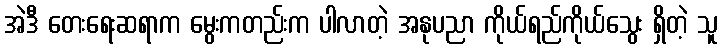
အဲဒီ တေးရေးဆရာက မွေးကတည်းက ပါလာတဲ့ အနုပညာ ကိုယ်ရည်ကိုယ်သွေး ရှိတဲ့ သူ